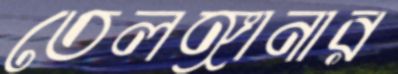
তেলঙ্গানার